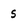
Character: S